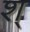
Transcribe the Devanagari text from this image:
श्‌